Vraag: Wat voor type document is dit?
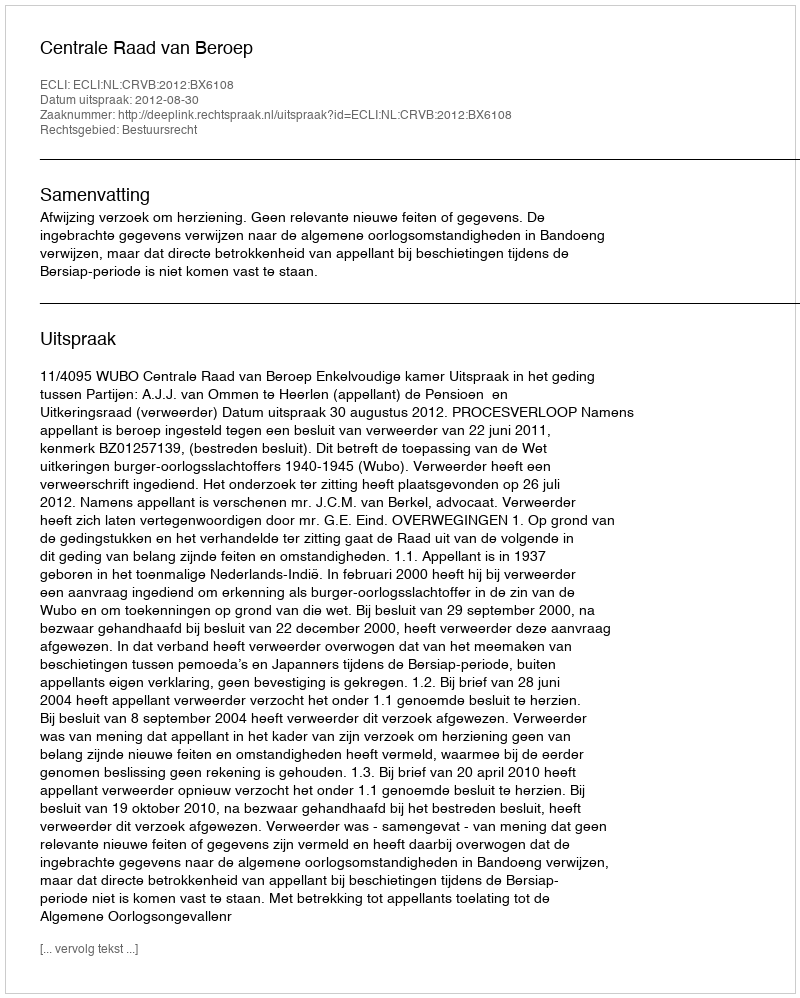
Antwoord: Uitspraak